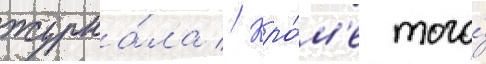
журна́ла // Кро́м'е того́